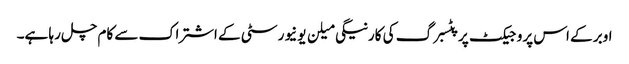
اوبر کے اس پروجیکٹ پر پٹسبرگ کی کارنیگی میلن یونیورسٹی کے اشتراک سے کام چل رہا ہے۔